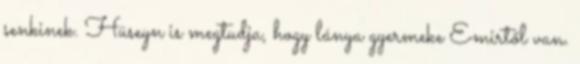
senkinek. Hüseyn is megtudja, hogy lánya gyermeke Emirtől van.